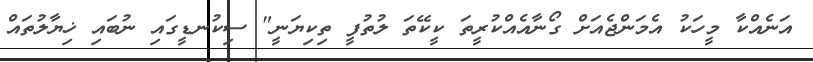
އަނެއްކާ މީހަކު އެމަންޖެއަށް ގޯނާއެއްކުރީތަ ކީކޭތަ ލުތުފީ ތިކިޔަނީ" ސިކުނޑީގައި ނުބައި ޚިޔާލުތައް